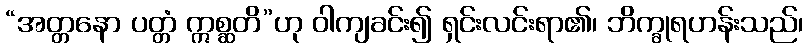
“အတ္တနော ပတ္တံ ဣစ္ဆတိ”ဟု ဝါကျခင်း၍ ရှင်းလင်းရာ၏၊ ဘိက္ခုရဟန်းသည်၊